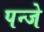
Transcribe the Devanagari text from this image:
पन्जे